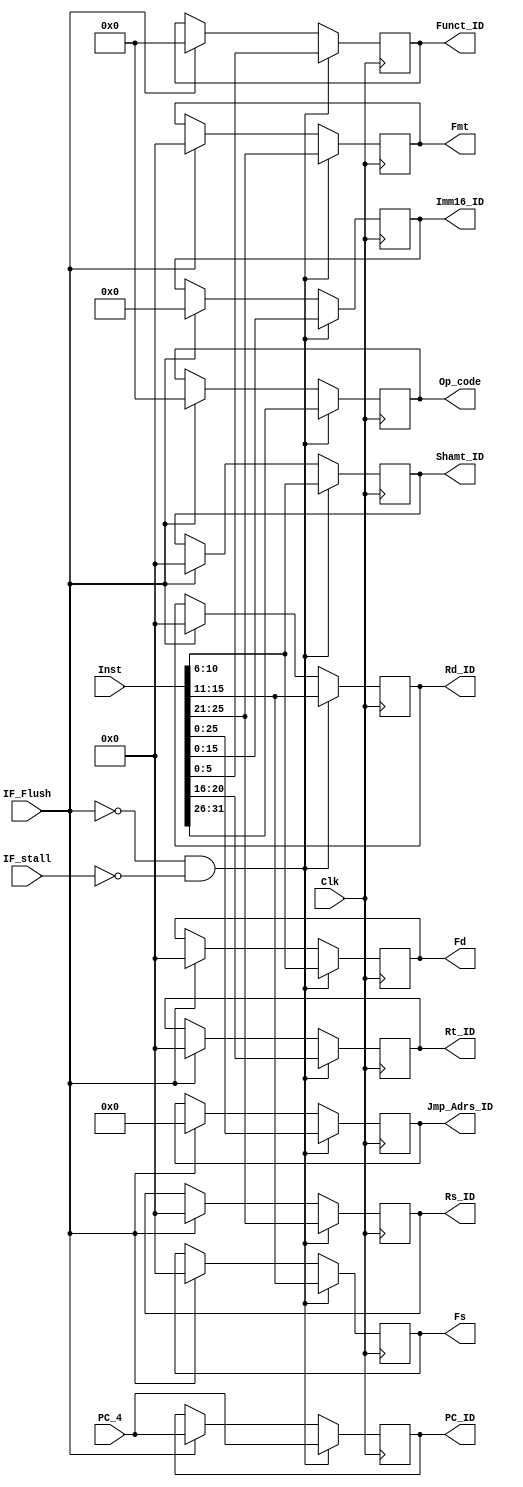
module IF_ID(
				input Clk,
				input [31:0]PC_4,
				input [31:0]Inst,
				input IF_Flush,
				input IF_stall,
				output reg[5:0]Op_code,		
				output reg[4:0]Rs_ID,		
				output reg[4:0]Rt_ID,		
				output reg[4:0]Rd_ID,		
				output reg[4:0]Shamt_ID,		
				output reg[5:0]Funct_ID,		
				output reg[15:0]Imm16_ID,		
				output reg[25:0]Jmp_Adrs_ID,
				output reg[4:0]Fmt,			
				output reg[4:0]Fs,				
				output reg[4:0]Fd,				
				output reg[31:0]PC_ID			
				);

initial begin
	Op_code	<=6'h0;	
	Rs_ID		<=5'h0;
	Rt_ID		<=5'h0;
	Rd_ID		<=5'h0;	
	Shamt_ID	<=5'h0;
	Funct_ID	<=6'h0;
	Imm16_ID	<=16'h0;	
	Jmp_Adrs_ID<=26'h0;
	Fmt	<=5'h0;
	Fs		<=5'h0;	
	Fd		<=5'h0;		
	PC_ID	<=32'h0;		
end

always@(posedge Clk)begin //read
if(!IF_Flush && !IF_stall)begin
	Op_code	<=	Inst[31:26];
	Rs_ID	<=Inst[25:21];		
   Rt_ID	<=Inst[20:16];
   Rd_ID	<=Inst[15:11];		
   Shamt_ID	<=Inst[10:6];		
   Funct_ID	<=Inst[5:0];		
   Imm16_ID	<=Inst[15:0];		
   Jmp_Adrs_ID<=Inst[25:0];
   Fmt<=Inst[25:21];			
   Fs	<=Inst[15:11];				
   Fd	<=Inst[10:6];				
   PC_ID=PC_4;
end else if(IF_Flush)begin
	Op_code<=6'b0;
	Rs_ID<=5'b0;		
   Rt_ID<=5'b0;
   Rd_ID<=5'b0;		
   Shamt_ID<=5'b0;		
   Funct_ID<=6'b0;		
   Imm16_ID<=16'b0;		
   Jmp_Adrs_ID<=26'b0;
   Fmt<=5'b0;			
   Fs<=5'b0;				
   Fd<=5'b0;				
   PC_ID<=PC_4;
end else if(IF_stall)begin

end
end
endmodule
/*----------------------------------------------------------------------------------------------------*/
module testbench_IF_ID();
		reg clk;
		reg [31:0]PC_4;
		reg [31:0]Inst;
		reg IF_Flush;
		reg IF_stall;
		wire [5:0]Op_code;		
		wire [4:0]Rs_ID;	
		wire [4:0]Rt_ID;		
		wire [4:0]Rd_ID;		
		wire [4:0]Shamt_ID;		
		wire [5:0]Funct_ID;		
		wire [15:0]Imm16_ID;		
		wire [25:0]Jmp_Adrs_ID;
		wire [4:0]Fmt;			
		wire [4:0]Fs;				
		wire [4:0]Fd;					
		wire [31:0]PC_ID;			

IF_ID my_IF_ID(clk, PC_4, Inst, IF_Flush, IF_stall, Op_code, Rs_ID, Rt_ID, Rd_ID, Shamt_ID, Funct_ID, Imm16_ID, Jmp_Adrs_ID, Fmt, Fs, Fd, PC_ID);

initial begin
	clk <= 0;
	#1 
	clk <= ~clk;		
	#1
	//case1: I want to flush
	clk <= ~clk;
	IF_Flush=1;
	#1
	clk <= ~clk;
	#1
	$display("instruction is %b", Inst);
	clk <= ~clk;
	#1
	//case2: I want to read instruction
	IF_Flush=0;
	IF_stall=0;
	Inst=32'b 11111100000111110000011111000000;
	$display("Rs is %b", Rs_ID);
	$display("Rt is %b", Rt_ID);
	$display("Rd is %b", Rd_ID);
	$display("Fs is %b", Fs);
	$display("Fd is %b", Fd);
	$display("Shamt is %b", Shamt_ID);
	$display("Funct is %b", Funct_ID);
	$display("immediet is %b", Imm16_ID);
	$display("jump address is %b", Jmp_Adrs_ID);
	$display("Fmt is %b", Fmt);
	clk <= ~clk;
	#1
	clk <= ~clk;
	#1
	clk <= ~clk;
	#1
	clk <= ~clk;
	
	
end
endmodule